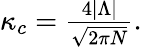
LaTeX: \begin{array}{r}{\kappa_{c}=\frac{4|\Lambda|}{\sqrt{2\pi N}}.}\end{array}